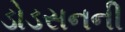
ડોડસનની